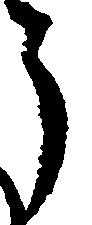
う